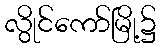
လွိုင်ကော်မြို့၌